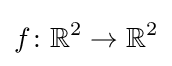
f\colon \mathbb {R} ^{2}\to \mathbb {R} ^{2}